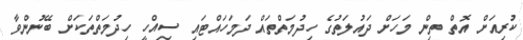
ކުުރިއަށް އޮތް ތިން މަހަށް ދައުލަތުގެ ހިދުމަތްތައް ދަމަހައްޓައި ސިއްހީ ހިދުމަތްތަކަށް ބޭނުންވާ